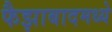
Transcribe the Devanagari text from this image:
फैझाबादमध्ये